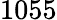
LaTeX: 1055